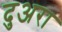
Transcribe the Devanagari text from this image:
दुअरा